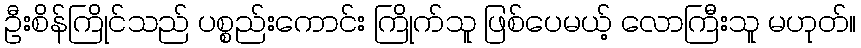
ဦးစိန်ကြိုင်သည် ပစ္စည်းကောင်း ကြိုက်သူ ဖြစ်ပေမယ့် လောကြီးသူ မဟုတ်။